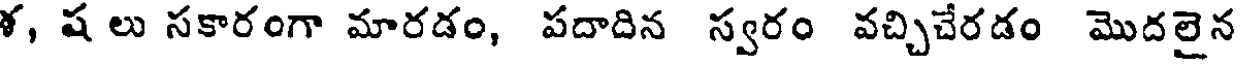
ళ, ష లు సకారంగా మారడం, పదాదిన స్వరం వచ్చిచేరడం మొదలైన